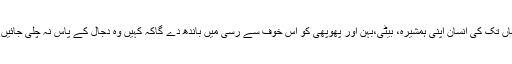
یہاں تک کی انسان اپنی ہمشیرہ، بیٹی،بہن اور پھوپھی کو اس خوف سے رسی میں باندھ دے گاکہ کہیں وہ دجال کے پاس نہ چلی جائیں‘‘۔